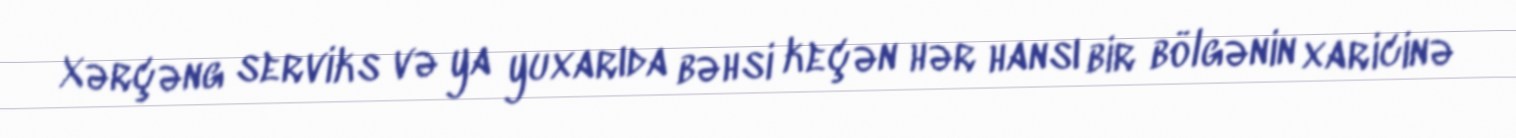
Xərçəng serviks və ya yuxarıda bəhsi keçən hər hansı bir bölgənin xaricinə